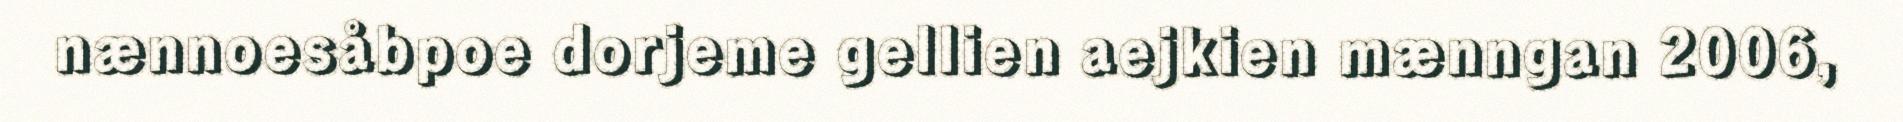
nænnoesåbpoe dorjeme gellien aejkien mænngan 2006,